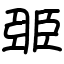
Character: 臦